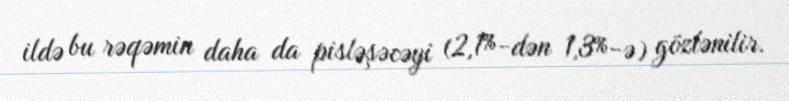
ildə bu rəqəmin daha da pisləşəcəyi (2,1%-dən 1,3%-ə) gözlənilir.